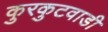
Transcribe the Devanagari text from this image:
कुरकुटवाडी